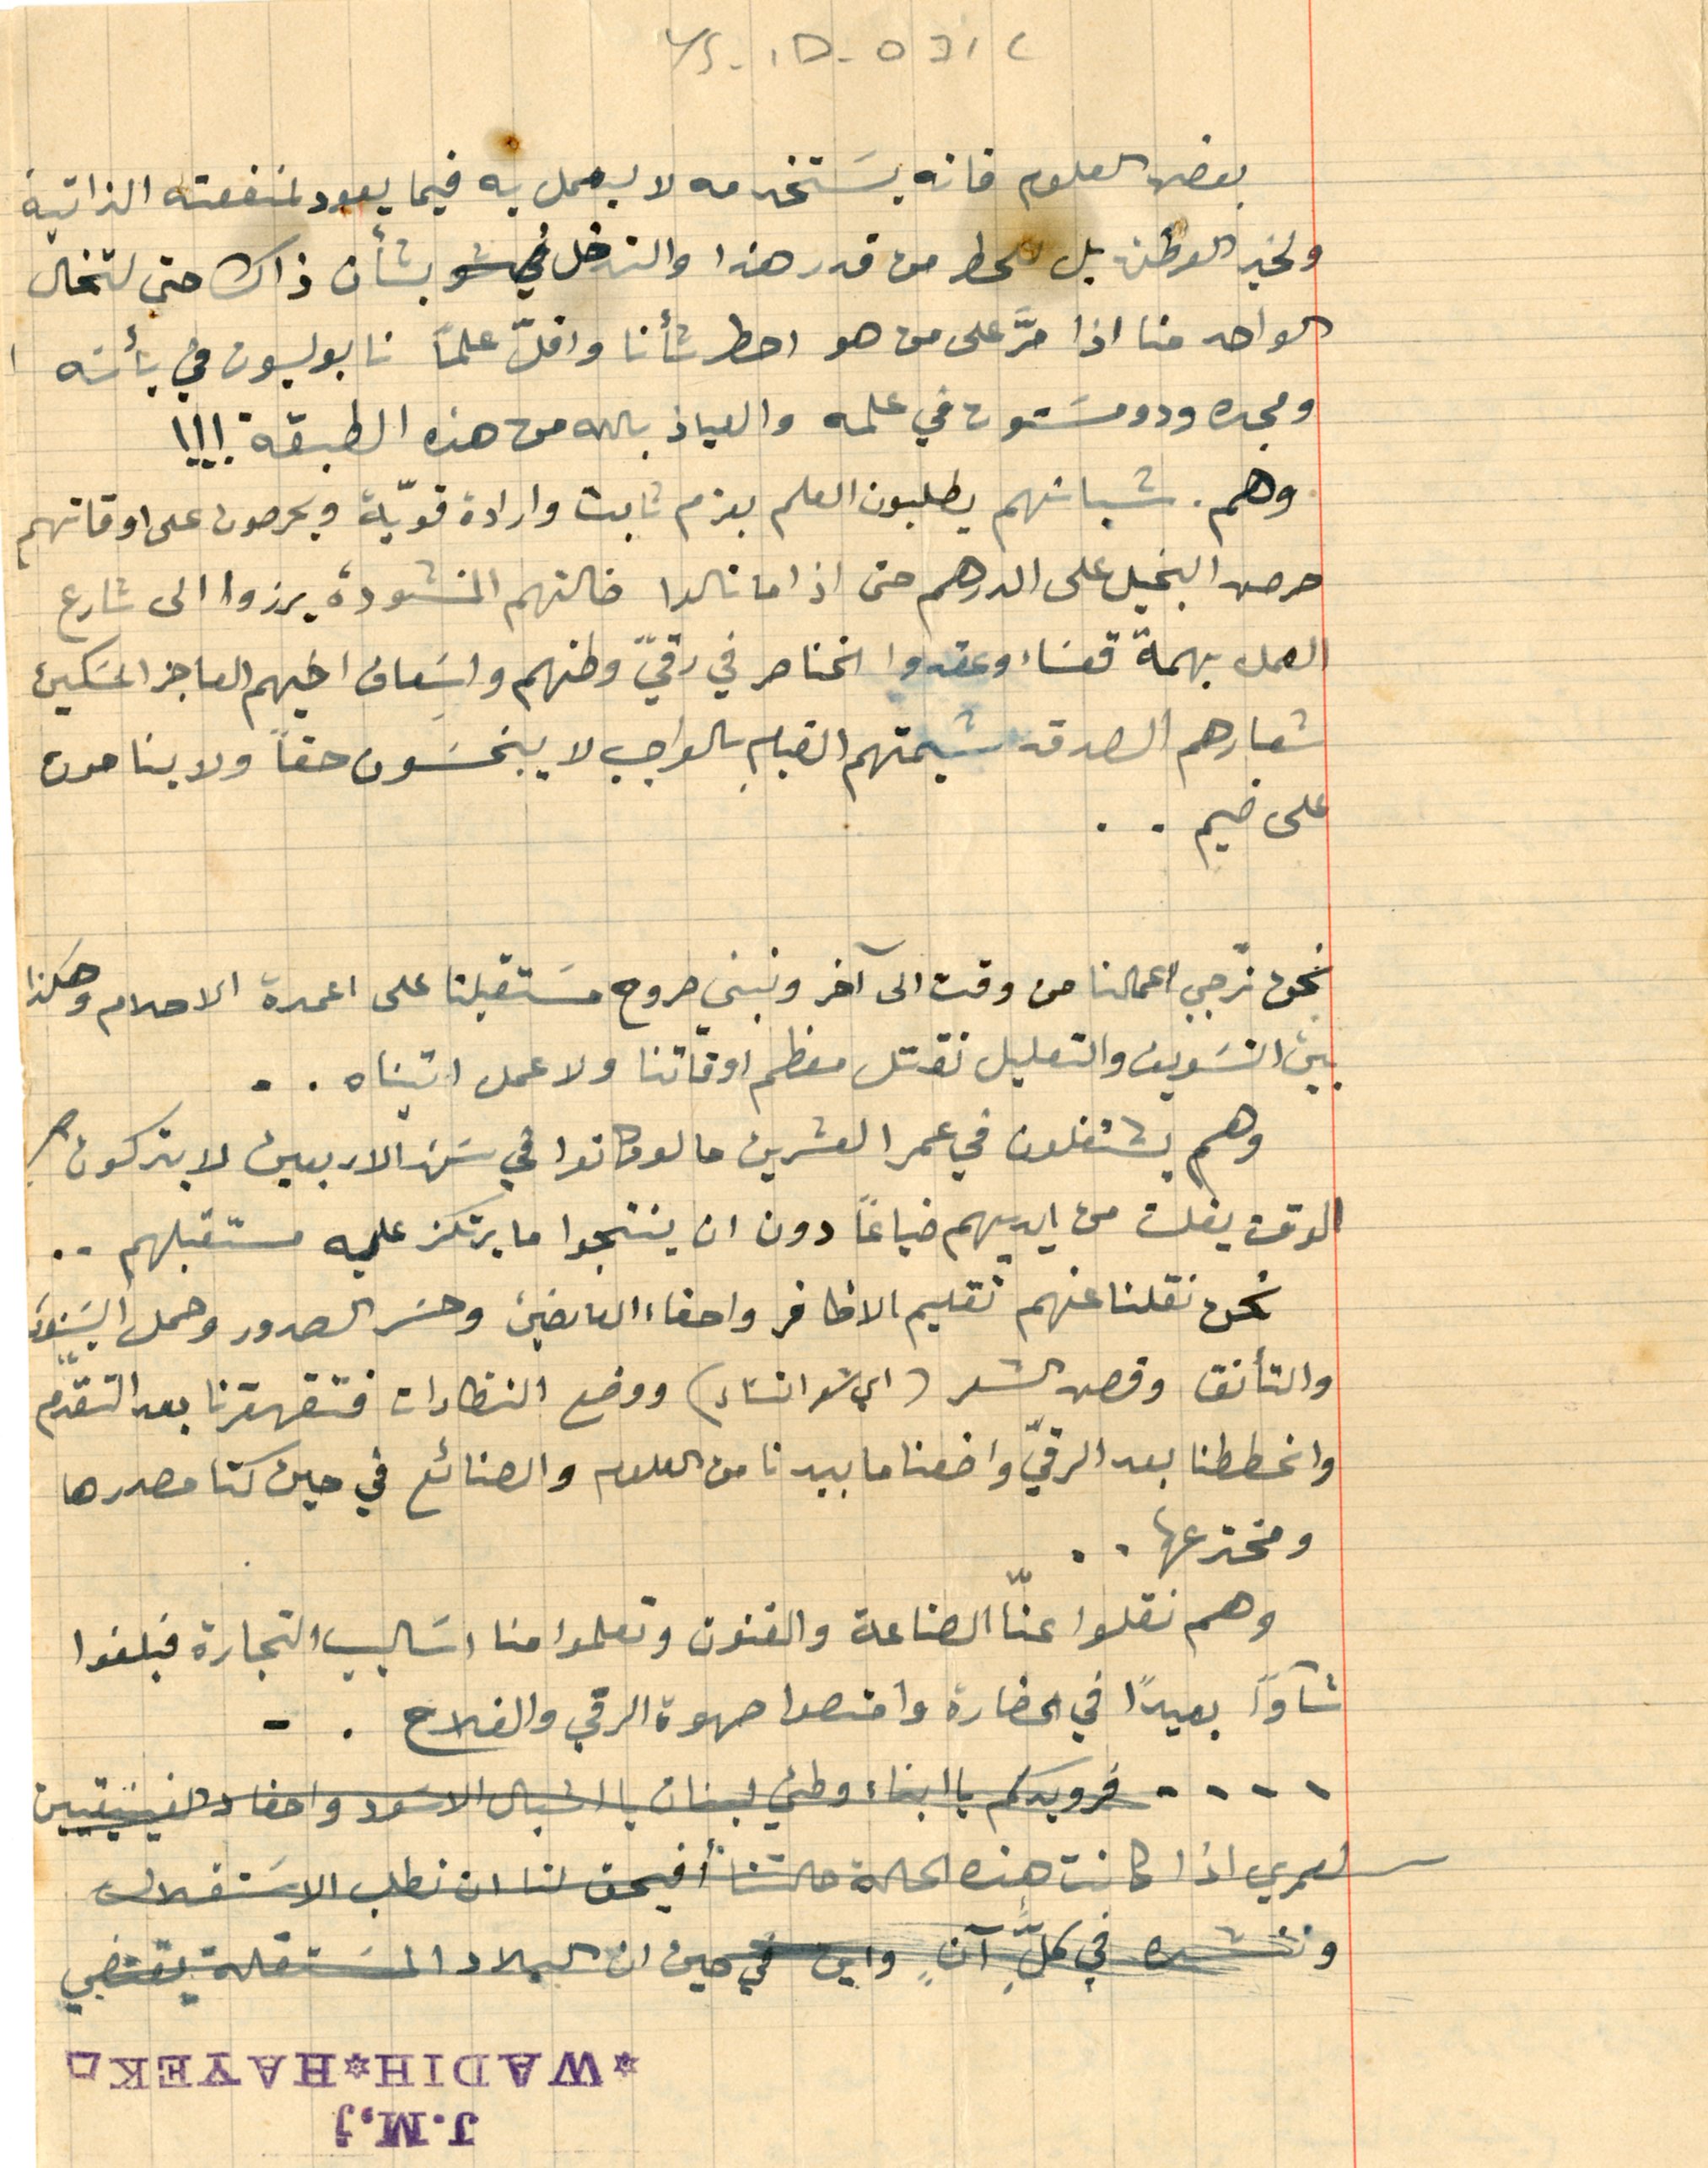
YS-1D- 071c
بعض العلوم فانه يسَتخدمه لا ليعمل به فيما يعود لمنفعته الذاتية
ولخير الوطن بل للحط من قدر هذا والتدخل بشأن ذاك حتى لتخال
الواحد منا اذا مرَّ على من هو احط شأنا واقلّ علماً نابوليون في بأسَه!
ومجده ودومسَتون في علمه والعياذ بالله من هذه الطبقة!!!
وهم. شبانهم يطلبون العلم بعزم ثابت وارادة قويّة ويحرصون على اوقاتهم
حرص البخيل على الدرهم حتى اذا ما نالوا ضالتهم المنشودة برزوا الى شارع
العمل بهمة قعسَاء وعقدوا الخناصر في رقيّ وطنهم واسَعاف اخيهم العاجز المسَكين
شعارهم الصدق شيمتهم القيام بالواجب لا يبخسَون حقاً ولا ينامون
على ضيم..
نحن نرجي اعمالنا من وقت الى آخر ونبني صروح مسَتقبلنا على اعمدة الاحلام وهكذا
بين التسَويف والتعليل نقتل معظم اوقاتنا ولا عمل اتيناه..
وهم يشتغلون في عمر العشرين ما لو كانوا في سَن الاربعين لا يتركون
الوقت يفلت من ايديهم ضياعاً دون ان ينتجوا ما يرتكز عليه مستقبلهم..
نحن نقلنا عنهم تقليم الاظافر واحفاء العارضين وحسَر الصدور وحمل البنودَ
والتأنق وقص الشعر (اي شعر النسَاء) ووضع النظارات فتقهقرنا بعد التقدم
وانحططنا بعد الرقيّ واضعنا ما بيدنا من العلوم والصنائع في حين كنا مصدرها
ومخترعها..
وهم نقلوا عنّا الصناعة والفنون وتعلموا منا اسَاليب التجارة فبلغوا
شآواً بعيدًا في الحضارة وامتصوا صهوة الرقي والفلاح..
....فرويدكم يا ابناء وطني لبنان يا اشبال الاسَود واحفاد والفينيقيين
لعمري اذا كانت هذه الحالة حالتنا افيحق لنا ان نطلب الاسَتفلال
وننشده في كلِ آنٍ واين في حين ان البلاد المسَتقلة يقتضي